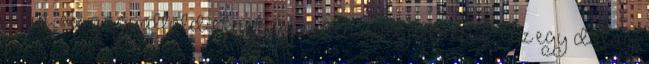
után, az angyalföldieknek Győrben volt jelenésük. Az egy dolog,